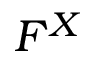
F ^ { X }